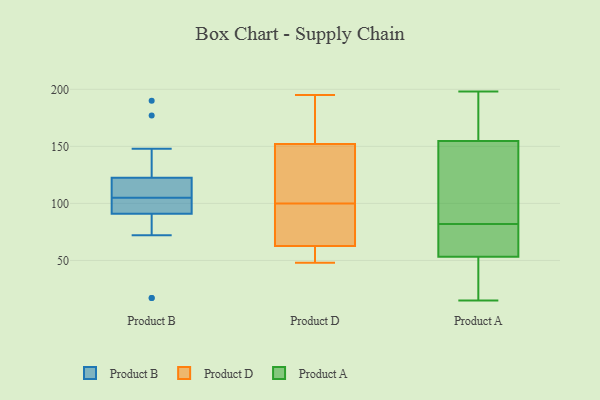
{"axis": {"x": "Net Income (USD K)", "y": "Value"}, "legend": ["Product A", "Product B", "Product D"], "data": [{"x": "", "y": 103, "type": "Product B"}, {"x": "", "y": 17, "type": "Product B"}, {"x": "", "y": 112, "type": "Product B"}, {"x": "", "y": 110, "type": "Product B"}, {"x": "", "y": 107, "type": "Product B"}, {"x": "", "y": 17, "type": "Product B"}, {"x": "", "y": 97, "type": "Product B"}, {"x": "", "y": 111, "type": "Product B"}, {"x": "", "y": 95, "type": "Product B"}, {"x": "", "y": 97, "type": "Product B"}, {"x": "", "y": 87, "type": "Product B"}, {"x": "", "y": 133, "type": "Product B"}, {"x": "", "y": 190, "type": "Product B"}, {"x": "", "y": 177, "type": "Product B"}, {"x": "", "y": 148, "type": "Product B"}, {"x": "", "y": 72, "type": "Product B"}, {"x": "", "y": 82, "type": "Product D"}, {"x": "", "y": 65, "type": "Product D"}, {"x": "", "y": 157, "type": "Product D"}, {"x": "", "y": 155, "type": "Product D"}, {"x": "", "y": 143, "type": "Product D"}, {"x": "", "y": 62, "type": "Product D"}, {"x": "", "y": 100, "type": "Product D"}, {"x": "", "y": 107, "type": "Product D"}, {"x": "", "y": 48, "type": "Product D"}, {"x": "", "y": 195, "type": "Product D"}, {"x": "", "y": 49, "type": "Product D"}, {"x": "", "y": 15, "type": "Product A"}, {"x": "", "y": 198, "type": "Product A"}, {"x": "", "y": 82, "type": "Product A"}, {"x": "", "y": 153, "type": "Product A"}, {"x": "", "y": 131, "type": "Product A"}, {"x": "", "y": 45, "type": "Product A"}, {"x": "", "y": 186, "type": "Product A"}, {"x": "", "y": 56, "type": "Product A"}, {"x": "", "y": 160, "type": "Product A"}, {"x": "", "y": 69, "type": "Product A"}, {"x": "", "y": 83, "type": "Product A"}, {"x": "", "y": 42, "type": "Product A"}, {"x": "", "y": 60, "type": "Product A"}]}